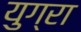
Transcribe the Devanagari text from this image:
युग्रा